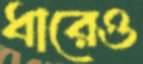
ধারেও